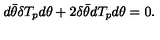
d \bar { \theta } \delta T _ { p } d \theta + 2 \delta \bar { \theta } d T _ { p } d \theta = 0 .